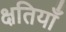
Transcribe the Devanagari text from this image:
क्षतियाँ